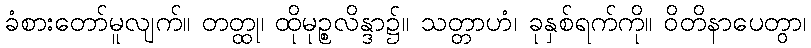
ခံစားတော်မူလျက်။ တတ္ထု၊ ထိုမုဉ္စလိန္ဒာ၌။ သတ္တာဟံ၊ ခုနှစ်ရက်ကို။ ဝိတိနာပေတွာ၊